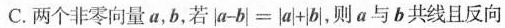
C.两个非零向量a，b，若$$| a - b | = | a + | b |$$，则a与b共线且反向